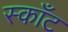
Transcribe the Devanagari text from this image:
स्काँट